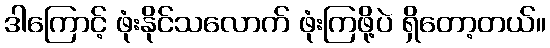
ဒါကြောင့် ဖုံးနိုင်သလောက် ဖုံးကြဖို့ပဲ ရှိတော့တယ်။